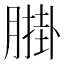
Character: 𦟺